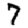
Digit: 7